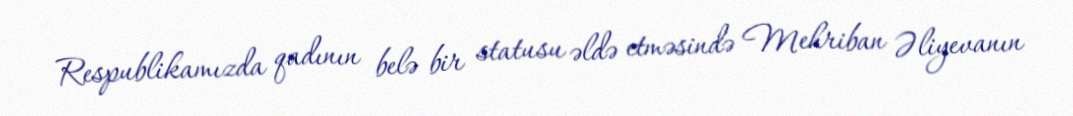
Respublikamızda qadının belə bir statusu əldə etməsində Mehriban Əliyevanın